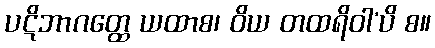
ပဋိဘာဂတ္ထေ ယထာစ၊ ဝိယ တထရိဝါ’ပိ စ။